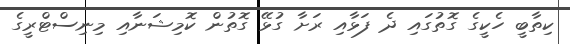
ކިތާބީ ހެކީގެ ގޮތުގައި ދެ ފަޅާއި ރަށާ ގުޅޭ ގޮތުން ކޮމިޝަނާއި މިނިސްޓްރީގެ